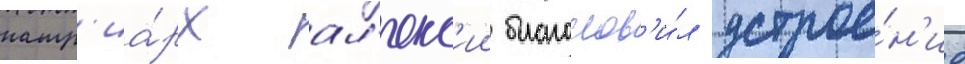
патр'иа́рх ал'екс'ии благослов'и́л устрое́н'ие